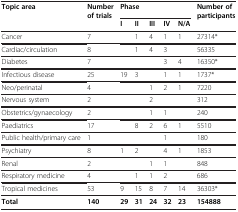
<table><thead><tr><td><b>Topic area</b></td><td><b>Number of trials</b></td><td colspan="5"><b>Phase</b></td><td><b>Number of participants</b></td></tr><tr><td><b> </b></td><td><b> </b></td><td><b>I</b></td><td><b>II</b></td><td><b>III</b></td><td><b>IV</b></td><td><b>N/A</b></td><td><b> </b></td></tr></thead><tbody><tr><td>Cancer</td><td>7</td><td> </td><td>1</td><td>4</td><td>1</td><td>1</td><td>27314*</td></tr><tr><td>Cardiac/circulation</td><td>8</td><td> </td><td>1</td><td>4</td><td>3</td><td> </td><td>56335</td></tr><tr><td>Diabetes</td><td>7</td><td> </td><td> </td><td> </td><td>3</td><td>4</td><td>16350*</td></tr><tr><td>Infectious disease</td><td>25</td><td>19</td><td>3</td><td> </td><td>1</td><td>1</td><td>1737*</td></tr><tr><td>Neo/perinatal</td><td>4</td><td> </td><td> </td><td>1</td><td>2</td><td>1</td><td>7220</td></tr><tr><td>Nervous system</td><td>2</td><td> </td><td> </td><td>2</td><td> </td><td> </td><td>312</td></tr><tr><td>Obstetrics/gynaecology</td><td>2</td><td> </td><td> </td><td>1</td><td>1</td><td> </td><td>240</td></tr><tr><td>Paediatrics</td><td>17</td><td> </td><td>8</td><td>2</td><td>6</td><td>1</td><td>5510</td></tr><tr><td>Public health/primary care</td><td>1</td><td> </td><td> </td><td> </td><td>1</td><td> </td><td>180</td></tr><tr><td>Psychiatry</td><td>8</td><td>1</td><td>2</td><td> </td><td>4</td><td>1</td><td>1853</td></tr><tr><td>Renal</td><td>2</td><td> </td><td> </td><td>1</td><td>1</td><td> </td><td>848</td></tr><tr><td>Respiratory medicine</td><td>4</td><td> </td><td>1</td><td>1</td><td>2</td><td> </td><td>686</td></tr><tr><td>Tropical medicines</td><td>53</td><td>9</td><td>15</td><td>8</td><td>7</td><td>14</td><td>36303*</td></tr><tr><td><b>Total</b></td><td><b>140</b></td><td><b>29</b></td><td><b>31</b></td><td><b>24</b></td><td><b>32</b></td><td><b>23</b></td><td><b>154888</b></td></tr></tbody></table>